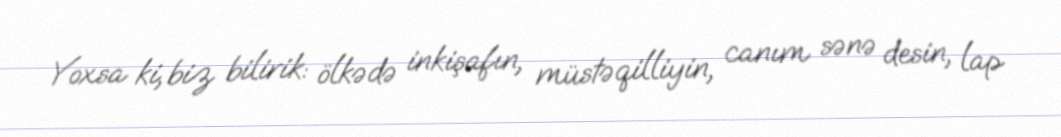
Yoxsa ki, biz bilirik: ölkədə inkişafın, müstəqilliyin, canım sənə desin, lap